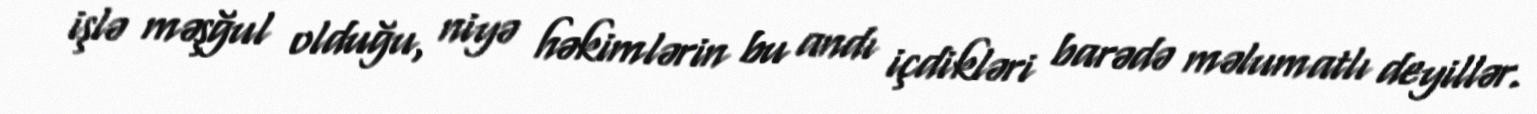
işlə məşğul olduğu, niyə həkimlərin bu andı içdikləri barədə məlumatlı deyillər.